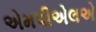
એમપીએલએ